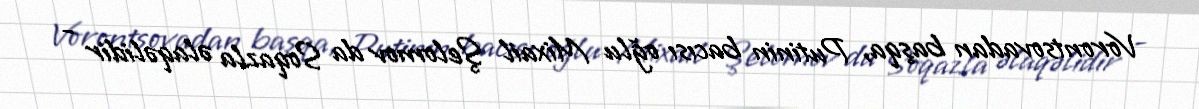
Vorontsovadan başqa, Putinin bacısı oğlu Mixail Şelomov da Soqazla əlaqəlidir -